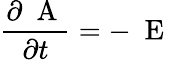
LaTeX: \frac{\partial\mathrm{~\mathbf~A~}}{\partial t}=-\mathrm{~\mathbf~E~}